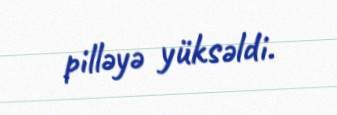
pilləyə yüksəldi.